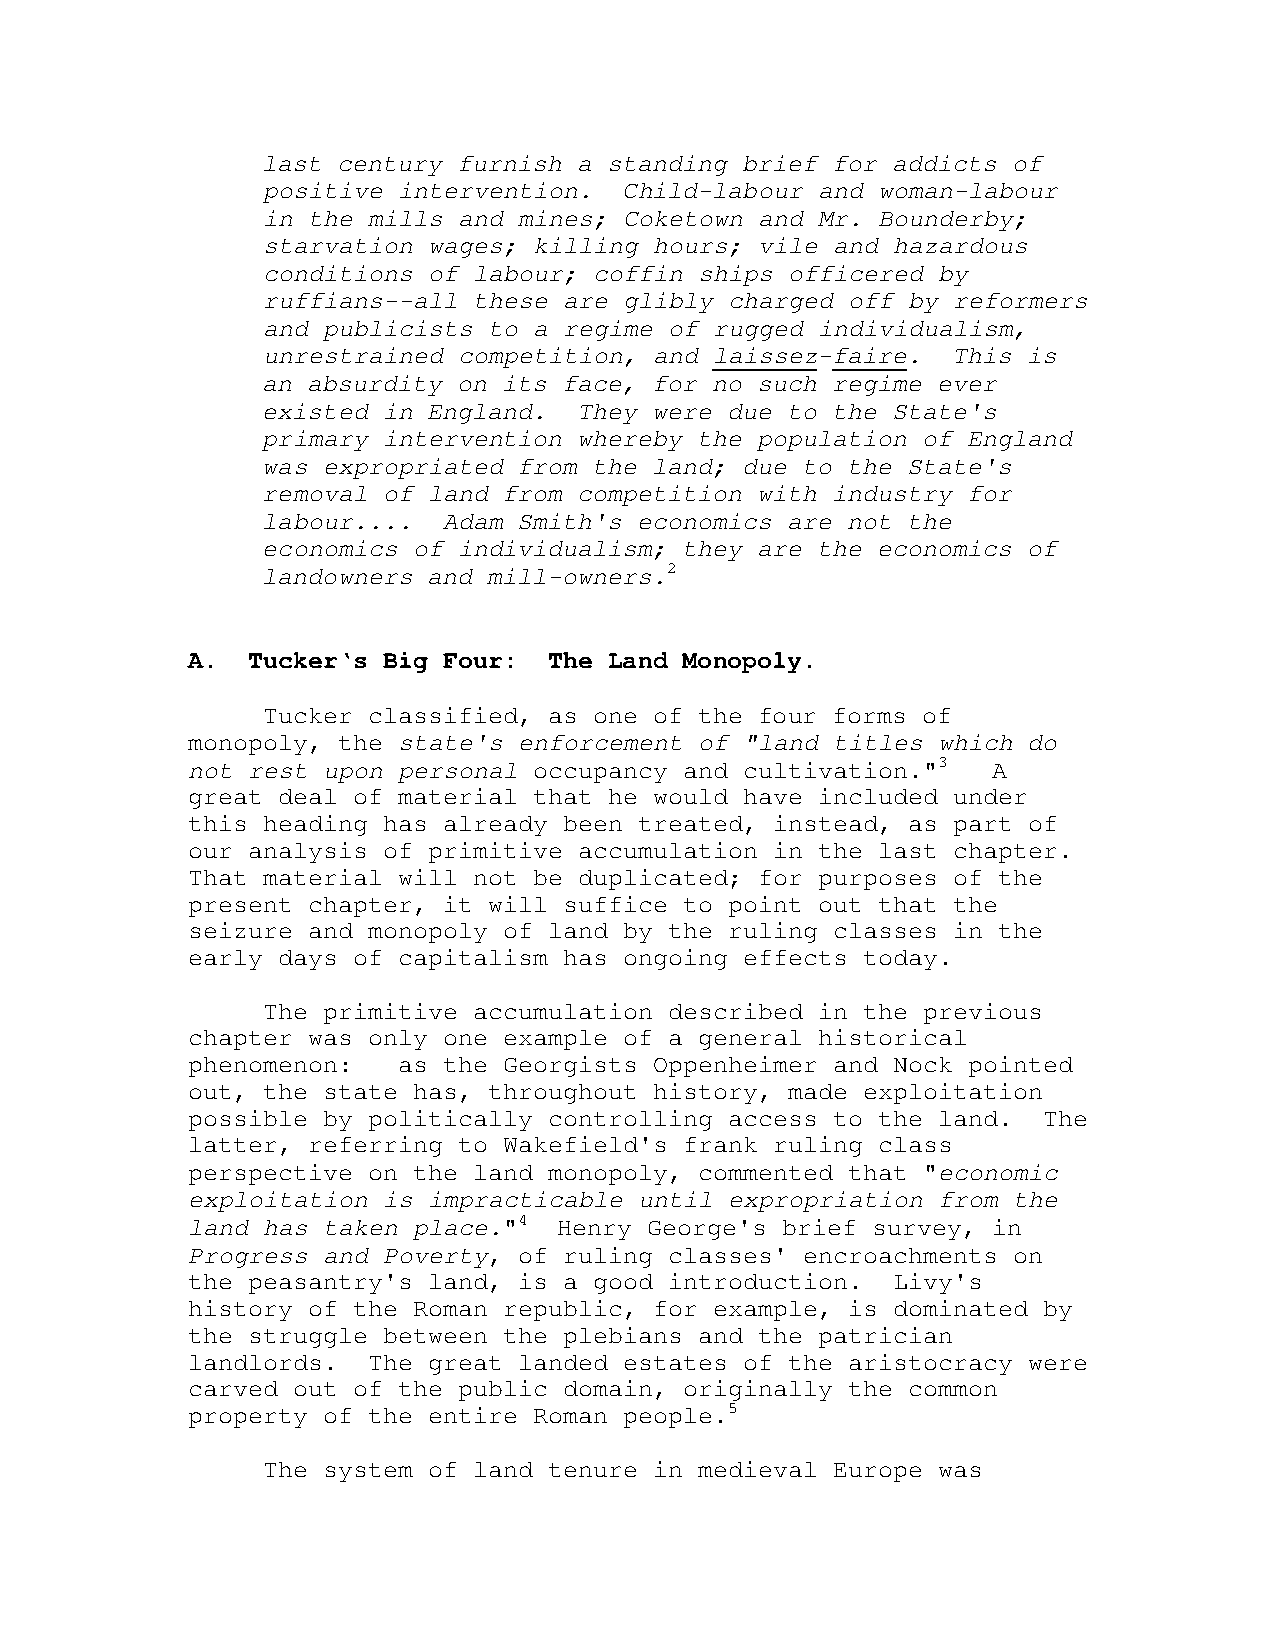
last century furnish a standing brief for addicts of
 positive intervention.  Child-labour and woman-labour
 in the mills and mines; Coketown and Mr. Bounderby;
 starvation wages; killing hours; vile and hazardous
 conditions of labour; coffin ships officered by
 ruffians--all these are glibly charged off by reformers
 and publicists to a regime of rugged individualism,
 unrestrained competition, and laissez-faire.  This is
 an absurdity on its face, for no such regime ever
 existed in England.  They were due to the State's
 primary intervention whereby the population of England
 was expropriated from the land; due to the State's
 removal of land from competition with industry for
 labour....  Adam Smith's economics are not the
 economics of individualism; they are the economics of
 landowners and mill-owners.2
 A.  Tucker‘s Big Four:  The Land Monopoly.
 Tucker classified, as one of the four forms of
 monopoly, the state's enforcement of "land titles which do
 not rest upon personal occupancy and cultivation."3   A
 great deal of material that he would have included under
 this heading has already been treated, instead, as part of
 our analysis of primitive accumulation in the last chapter.
 That material will not be duplicated; for purposes of the
 present chapter, it will suffice to point out that the
 seizure and monopoly of land by the ruling classes in the
 early days of capitalism has ongoing effects today.
 The primitive accumulation described in the previous
 chapter was only one example of a general historical
 phenomenon:   as the Georgists Oppenheimer and Nock pointed
 out, the state has, throughout history, made exploitation
 possible by politically controlling access to the land.  The
 latter, referring to Wakefield's frank ruling class
 perspective on the land monopoly, commented that "economic
 exploitation is impracticable until expropriation from the
 land has taken place."4  Henry George's brief survey, in
 Progress and Poverty, of ruling classes' encroachments on
 the peasantry's land, is a good introduction.  Livy's
 history of the Roman republic, for example, is dominated by
 the struggle between the plebians and the patrician
 landlords.  The great landed estates of the aristocracy were
 carved out of the public domain, originally the common
 property of the entire Roman people.5
 The system of land tenure in medieval Europe was